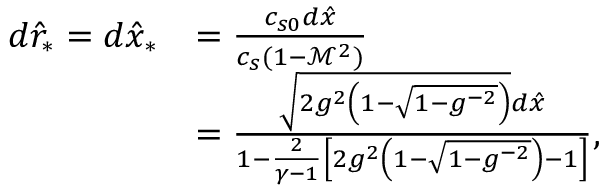
\begin{array} { r l } { d \hat { r } _ { * } = d \hat { x } _ { * } } & { = \frac { c _ { s 0 } d \hat { x } } { c _ { s } ( 1 - \mathcal { M } ^ { 2 } ) } } \\ & { = \frac { \sqrt { 2 g ^ { 2 } \left( 1 - \sqrt { 1 - g ^ { - 2 } } \right) } d \hat { x } } { 1 - \frac { 2 } { \gamma - 1 } \left[ 2 g ^ { 2 } \left( 1 - \sqrt { 1 - g ^ { - 2 } } \right) - 1 \right] } , } \end{array}